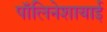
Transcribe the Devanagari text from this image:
पॉलिनेशायाई